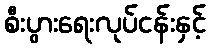
စီးပွားရေးလုပ်ငန်းနှင့်